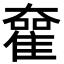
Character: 𡚊